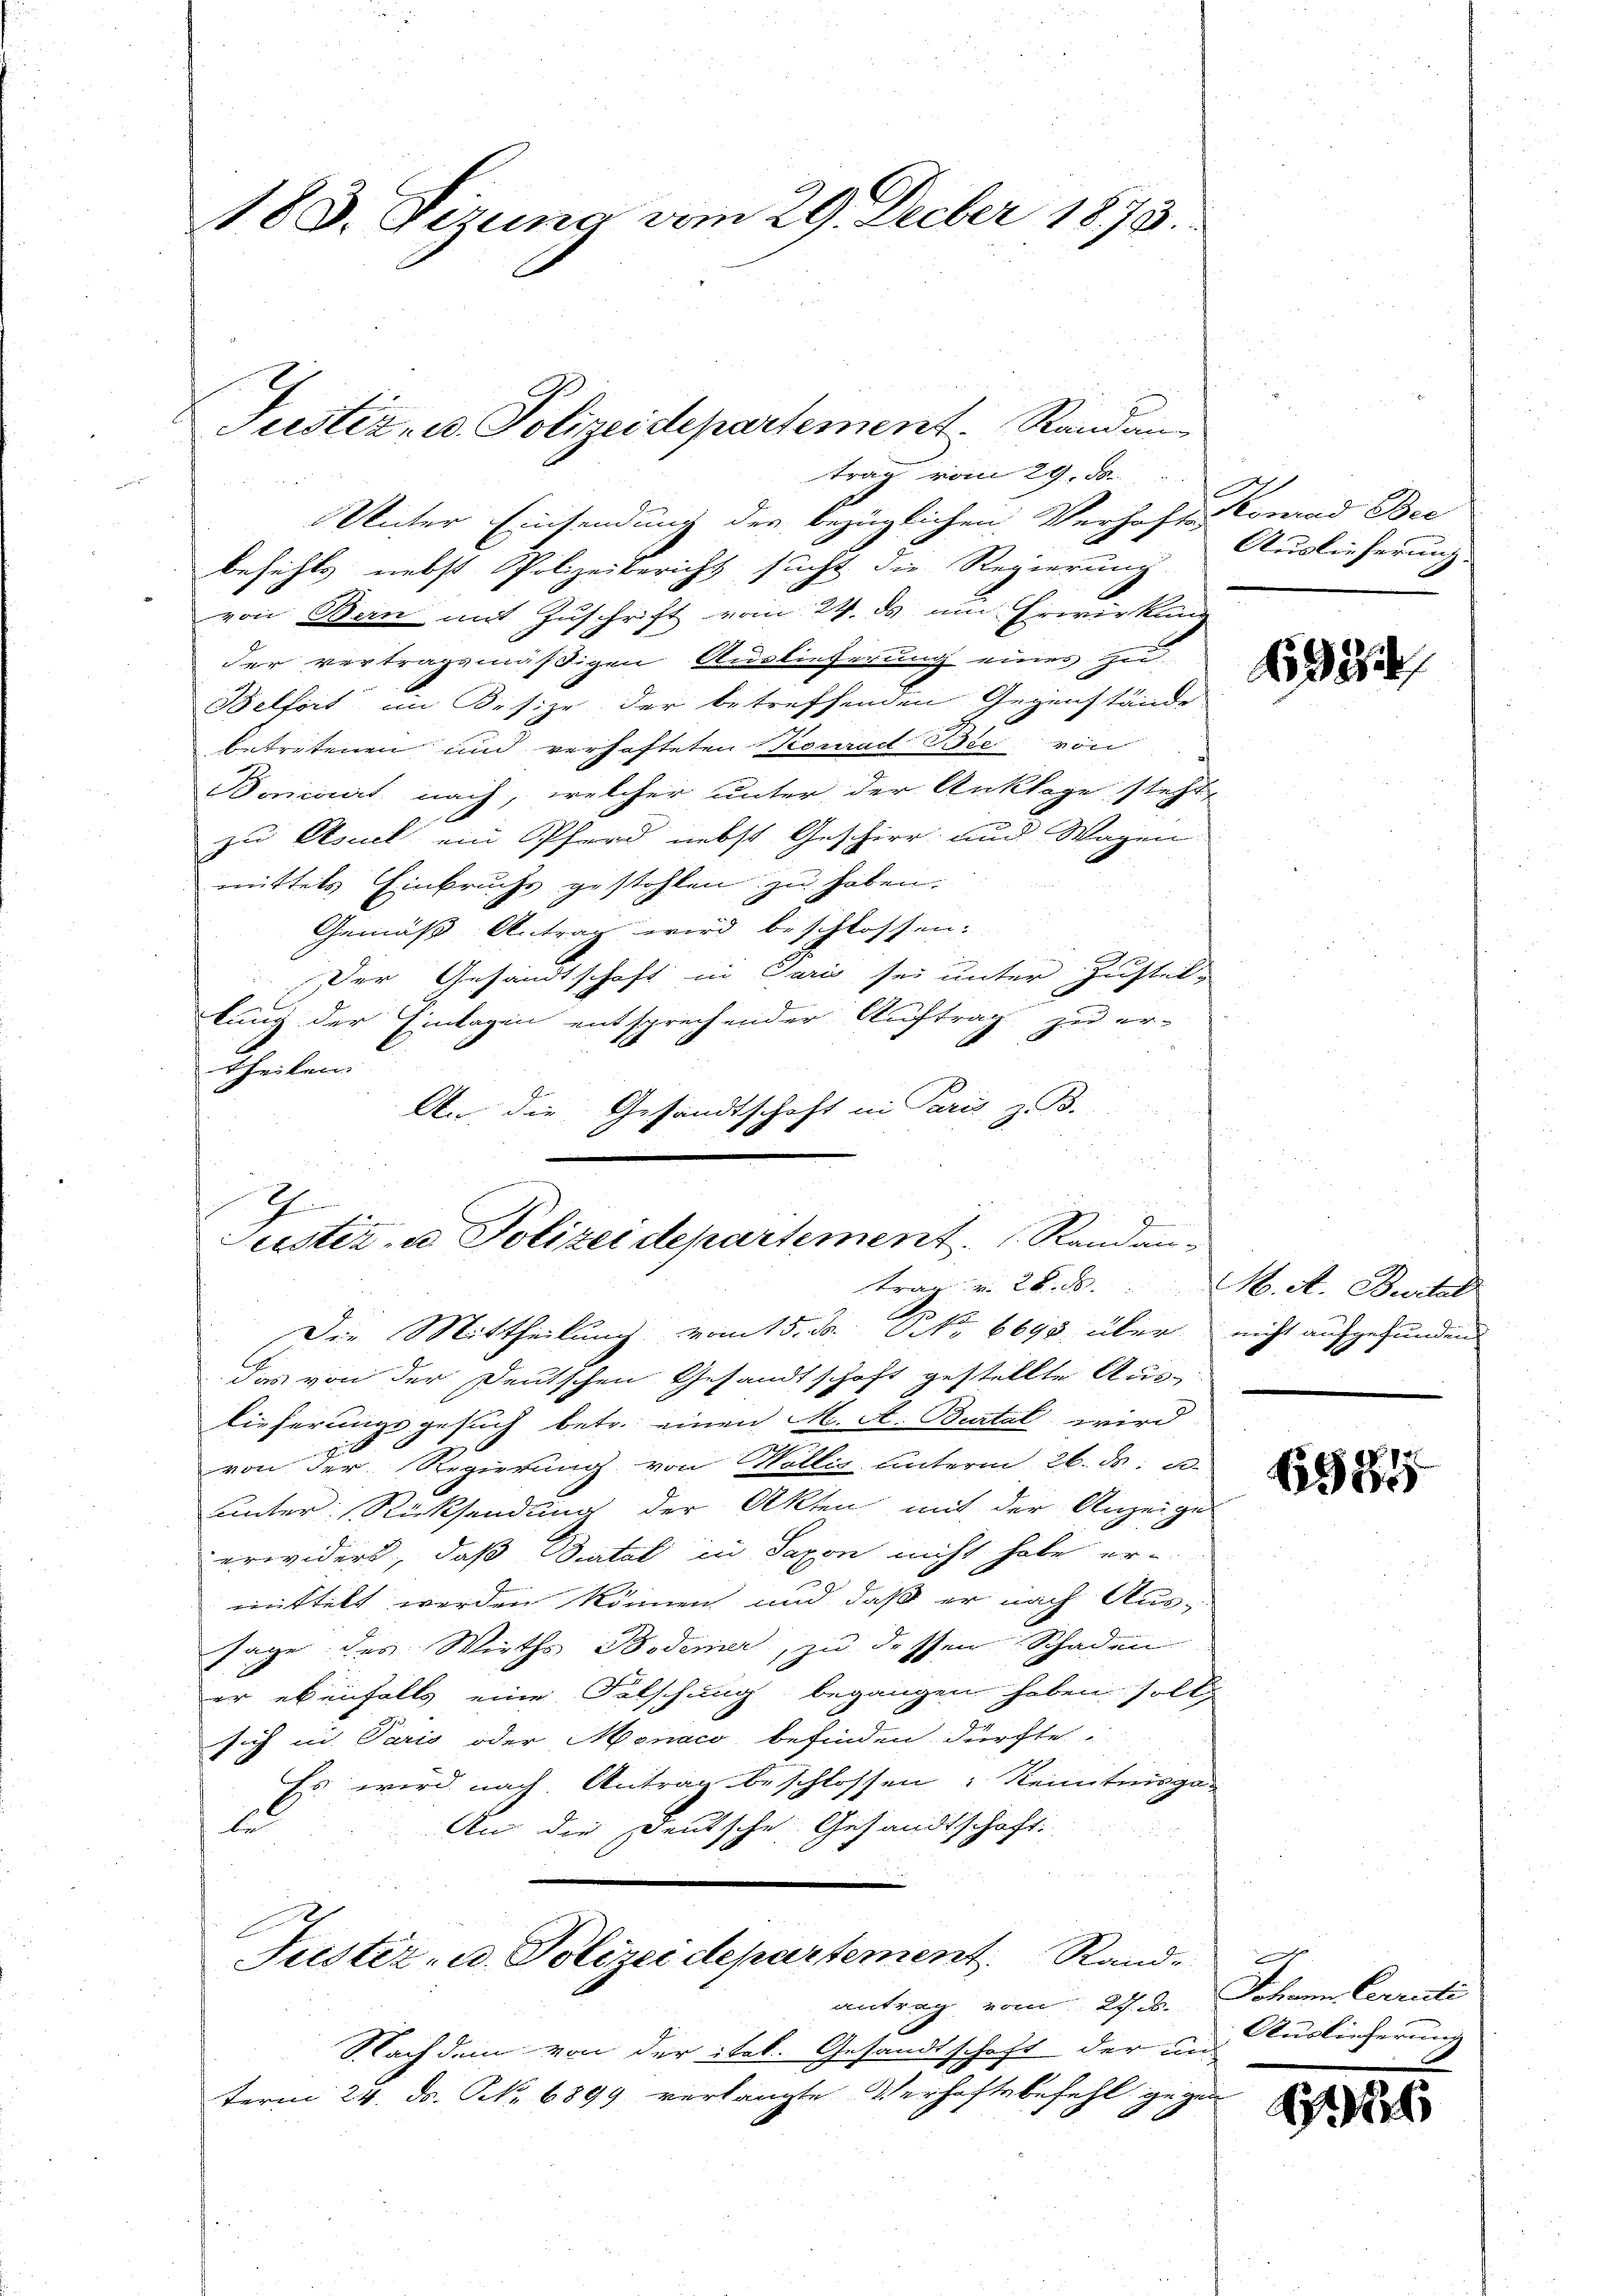
trag vom 29. ds.
Unter Einsendung der bezüglichen Verhaften Conrad Bee
befehls nebst Polizeibericht sucht die Regierung
von Bern mit Zuschrift vom 24. ds und Erwirkung
der vertragsmäßigen Auslieferung eines zu-
Belfort im Besize der betreffenden Gegenstände
betretenen und verhafteten Konrad Bie von
Boncert nach, welcher unter der Anklage steht,
zu Asuel ein Pferd nebst Geschirr und Wagen
mittels Einbruchs gestohlen zu haben.
Gemäß Antrag wird beschlossen:
Der Gesandtschaft in Paris sei unter Justellung der Einlagen entsprechender Auftrag zu er-
Theilen.
An die Gesandtschaft in Paris z. B.
n

Justiz- u. Polizeidepartement. Randan¬

183. Sizung vom 29. Decber 1873.

I
Suster u. Polizeidepartement. (Randantrag v. 26. d. M. A. Beital

Die Mittheilung vom 15. ds. No 6690 über
das von der Deutschen Gesandtschaft gestellte Aus-
lieferungsgesuch betr. einen M. A. Burtal wird
von der Regierung von Wollis unterm 26. ds. a.
unter Rücksendung der Akten mit der Anzeige
erwidert, daß Scatal in Saxon nicht habe ermittelt werden können und daß er nach Aussage des Wirths Bodener, zu dessen Schaden
er ebenfalls eine Falschung begangen haben solle
sich in Paris oder Monaco befinden dürfte.
Es wird nach Antrag beschlossen: Kenntnisga
lei
An die Deutsche Gesandtschaft.

d
Justiz- u. Polizei departement. Rand
antrag vom 27. d. Johann Cerrati

Nachdem von der itel. Gesandtschaft der un
term 24. ds. No 6899 verlangte Verhaftsbefehl gegen

Auslieferung

1324

nicht aufgefunden.

6384

Auslieferung

5